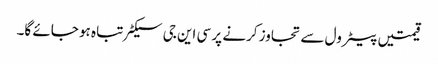
قیمتیں پیٹرول سے تجاوز کرنے پر سی این جی سیکٹر تباہ ہو جائے گا۔